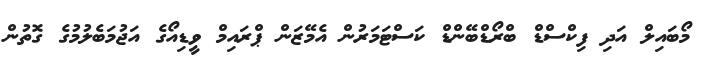
މޯބައިލް އަދި ފިކްސްޑް ބްރޯޑްބޭންޑް ކަސްޓަމަރުން އެމޭޒަން ޕްރައިމް ވީޑިއޯގެ އަޖުމަބެލުމުގެ ގޮތުން